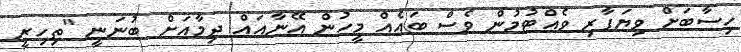
ހިސާބަށް ވިޔަފާރި ވެއްޓުމުން ވެސް ބައެއް މީހުން އޭނާއައް ދިމާއަށް ބުނަނީ "ތިހިރީ